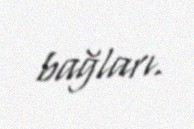
bağları.